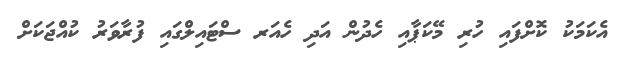
އެކަމަކު ކޮށްފައި ހުރި މޭކަޕާއި ހެދުން އަދި ހެއަރ ސްޓައިލްގައި ފުރާވަރު ކުއްޖަކަށް